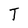
Character: T